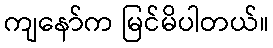
ကျနော်က မြင်မိပါတယ်။